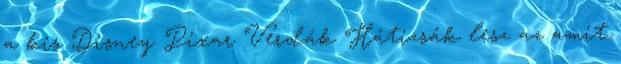
a kis Disney Pixar Verdák Hátizsák lesz az amit